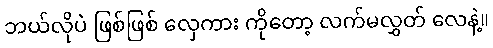
ဘယ်လိုပဲ ဖြစ်ဖြစ် လှေကား ကိုတော့ လက်မလွှတ် လေနဲ့။